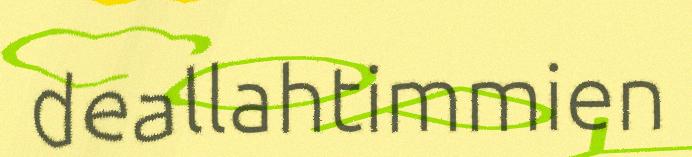
deallahtimmien